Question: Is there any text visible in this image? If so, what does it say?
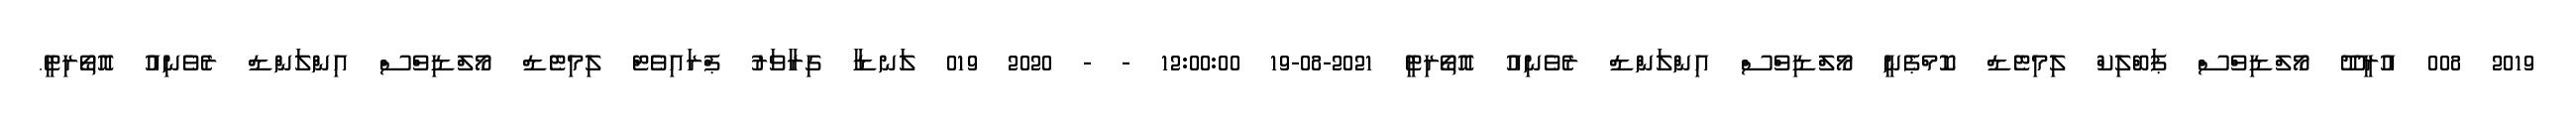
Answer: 2019 008 އުރީދޫ މޯލްޑިވްސް ޕަބްލިކް ލިމިޓެޑް ކޮމްޕެނީ މޯލްޑިވްސް އިންލަންޑް ރެވެނިއު އޮތޯރިޓީ 2021-08-19 12:00:00 - - 2020 019 ލަނޑާ ގިރާވަރު ޕްރައިވެޓް ލިމިޓެޑް މޯލްޑިވްސް އިންލަންޑް ރެވެނިއު އޮތޯރިޓީ.